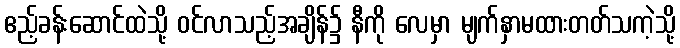
ဧည့်ခန်းဆောင်ထဲသို့ ဝင်လာသည့်အချိန်၌ နီကို လေမှာ မျက်နှာမထားတတ်သကဲ့သို့